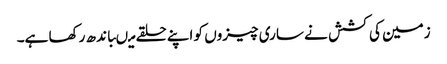
زمین کی کشش نے ساری چیزوں کو اپنے حلقے میںباندھ رکھا ہے۔